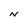
Character: N